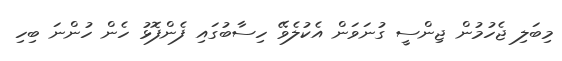
މިބަލި ޖެހުމުން ޖިންސީ ގުނަވަން އެކުލެވޭ ހިސާބުގައި ފެންފޮޅު ހެން ހުންނަ ބިހި